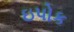
ઇપોક